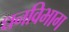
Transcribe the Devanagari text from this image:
धनविभाग